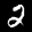
Label: 2